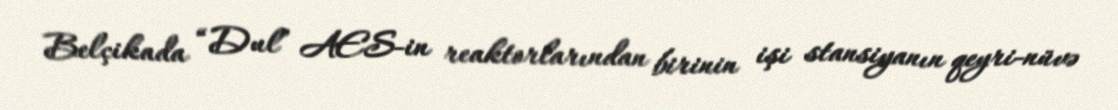
Belçikada “Dul” AES-in reaktorlarından birinin işi stansiyanın qeyri-nüvə